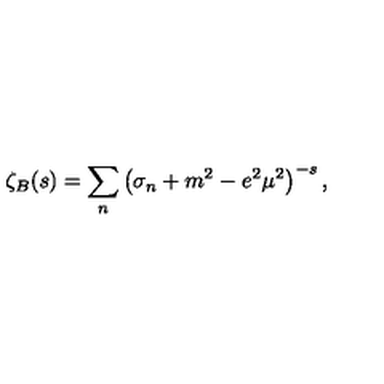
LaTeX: \zeta _ { B } ( s ) = \sum _ { n } \left( \sigma _ { n } + m ^ { 2 } - e ^ { 2 } \mu ^ { 2 } \right) ^ { - s } ,